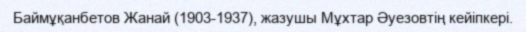
Баймұқанбетов Жанай (1903-1937), жазушы Мұхтар Әуезовтің кейіпкері.